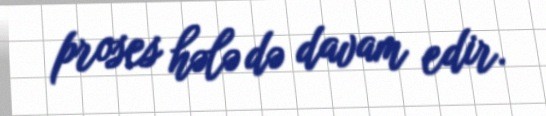
proses hələ də davam edir.